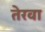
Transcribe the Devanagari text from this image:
तेरवा